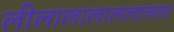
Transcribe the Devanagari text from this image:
लीलालालाललालल।